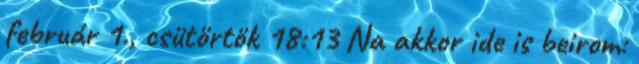
február 1., csütörtök 18:13 Na akkor ide is beirom: